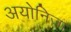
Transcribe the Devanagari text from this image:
अयोनिजा